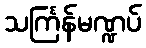
သင်္ကြန်မဏ္ဍပ်